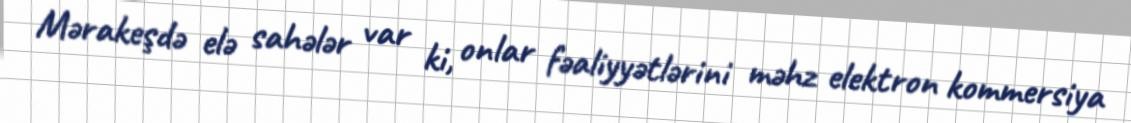
Mərakeşdə elə sahələr var ki, onlar fəaliyyətlərini məhz elektron kommersiya